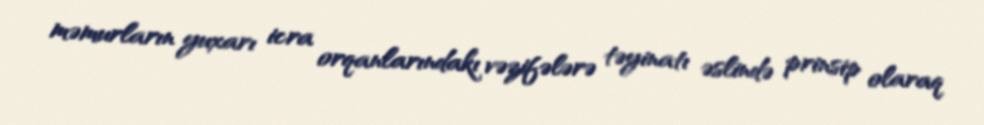
məmurların yuxarı icra orqanlarındakı vəzifələrə təyinatı əslində prinsip olaraq